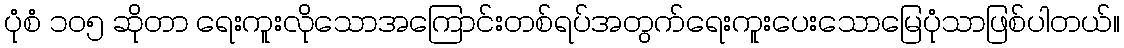
ပုံစံ ၁၀၅ ဆိုတာ ရေးကူးလိုသောအကြောင်းတစ်ရပ်အတွက်ရေးကူးပေးသောမြေပုံသာဖြစ်ပါတယ်။